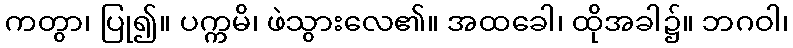
ကတွာ၊ ပြု၍။ ပက္ကမိ၊ ဖဲသွားလေ၏။ အထခေါ၊ ထိုအခါ၌။ ဘဂဝါ၊